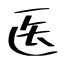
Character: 医